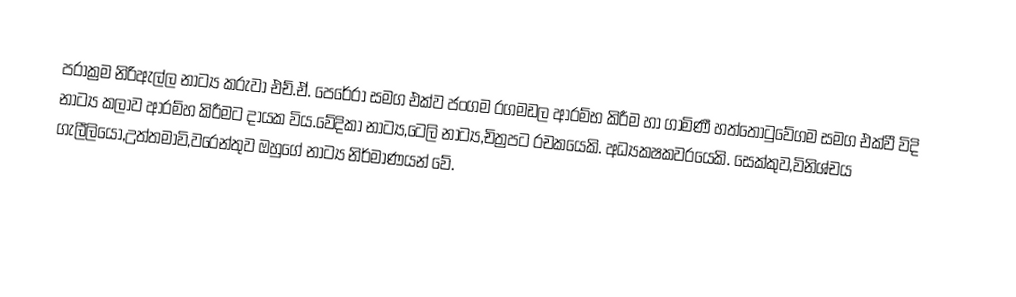
පරාක්‍රම නිරිඇල්ල නාට්‍ය කරුවා  එච්.ඒ. පෙරේරා සමග එක්ව ජංගම රගමඩල ආරම්භ කිරීම හා ගාමිණී හත්තොටුවේගම සමග එක්වී විදි නාට්‍ය කලාව ආරම්හ කිරීමට දායක විය.වේදිකා නාට්‍ය,ටෙලි නාට්‍ය,චිත්‍රපට රචකයෙකි. අධ්‍යකෂකවරයෙකි. සෙක්කුව,විනිශ්චය ගැලීලියෝ,උත්තමාවි,වරෙන්තුව ඔහුගේ නාට්‍ය නිර්මාණයන් වේ.